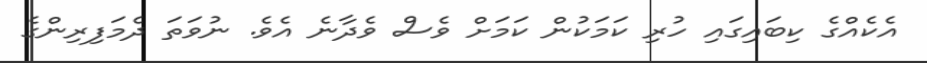
އެކެއްގެ ކިބައިގައި ހުރި ކަމަކުން ކަމަށް ވެސް ވެދާނެ އެވެ. ނުވަތަ ދެމަފިރިންގެ